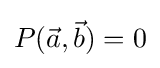
P({\vec {a}},{\vec {b}})=0